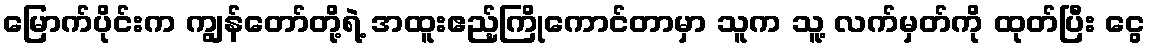
မြောက်ပိုင်းက ကျွန်တော်တို့ရဲ့ အထူးဧည့်ကြိုကောင်တာမှာ သူက သူ့ လက်မှတ်ကို ထုတ်ပြီး ငွေ